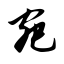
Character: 宛